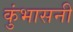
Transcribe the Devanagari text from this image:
कुंभासनी